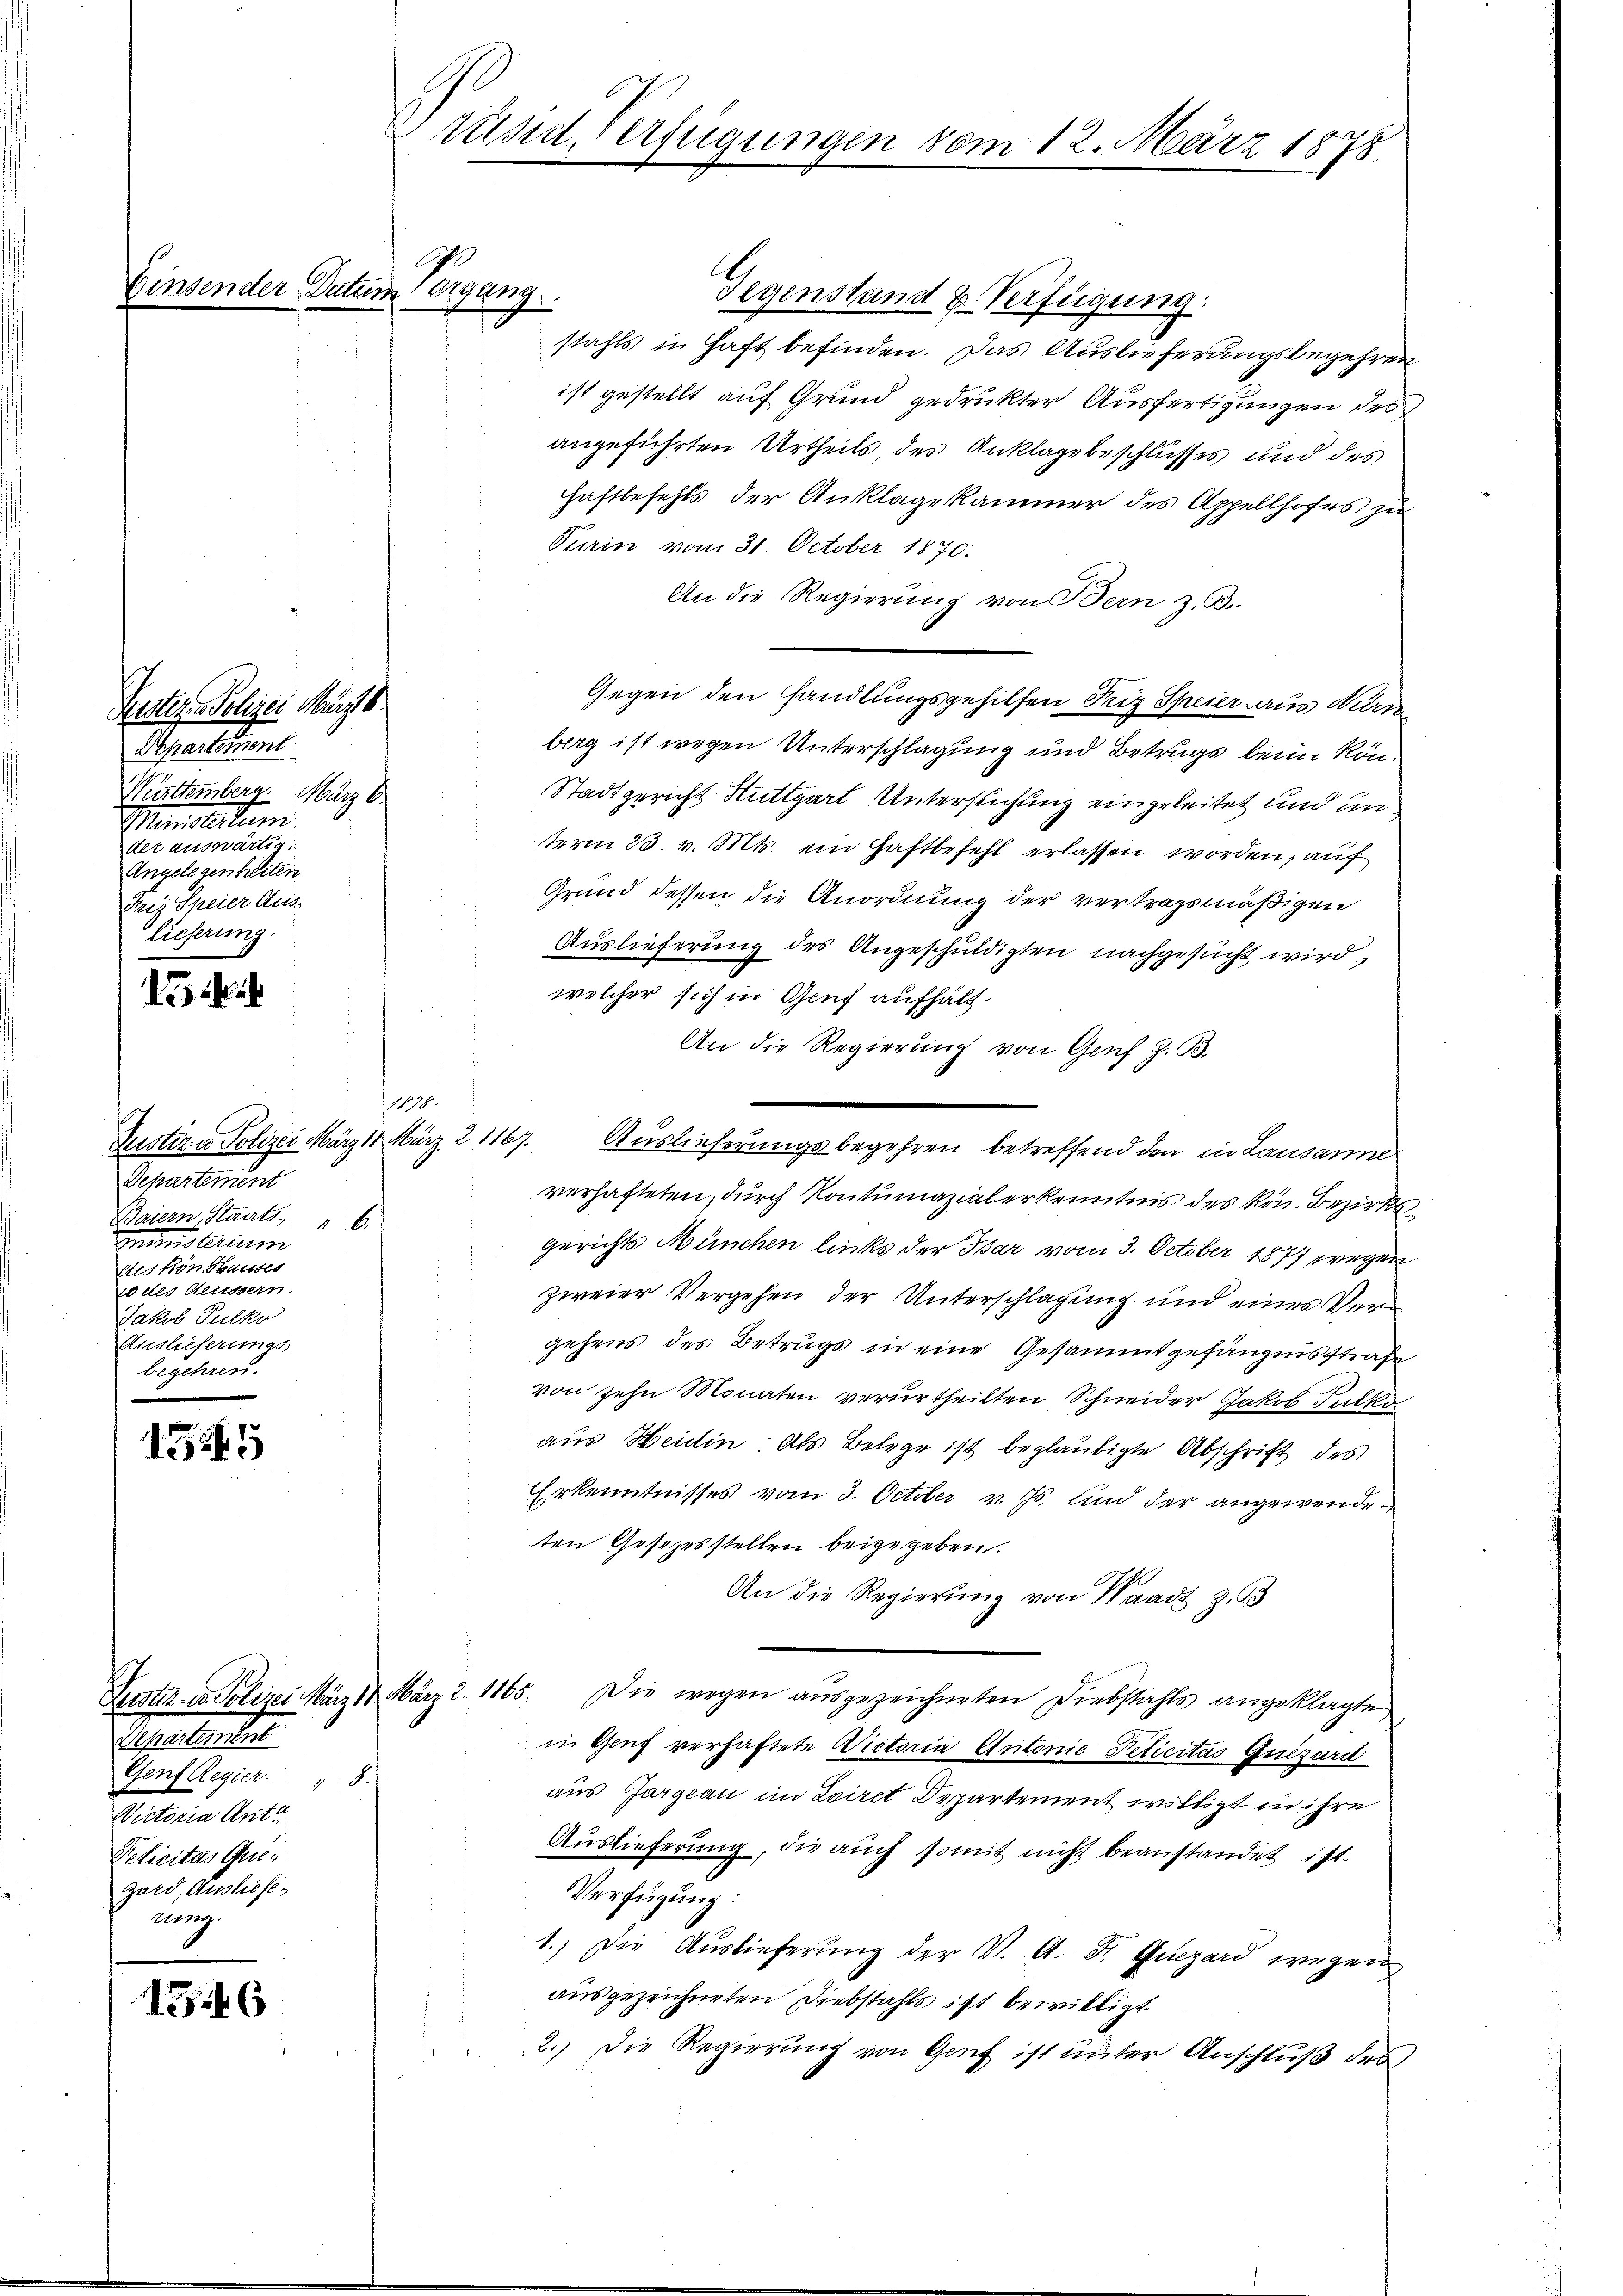
Einsende.

Justiz -Polizei März 8.
Departement
Württemberg. März 6.
Minstitum
det auswärtig.
Angelegenheiten
Frey Steier Aus-
lieferung.

i

145.
Justiz - Polizei März 18. März 21167.
Separtement
Baiern, Staats, " 6.
mministerium
dis von Hauser
w des Aeussern.
Jakob Tulke
Auslieferungs
begehren.

1525

Beleutenden
Genf Regier. 18.
Victoria Ant.
Peficitas Quigard, Ausliefe.
nung.

1346

Datum 1 Organg

Präsid Verfügungen vom 12. März 1875.

0

Gegenstand & Verfügung.
stahls in Haft befinden. Das Auslieferungsbegehren
ist gestellt auf Grund gedruckter Ausfertigungen des
angeführten Urtheils, des Anklage beschlusses und des
Haftbefehls der Anklagekammer des Appellhofes zu
Turin vom 31. October 1870.
An die Regierung von Bern z. B.
Gegen den Handlungsgehilfen Friz Speier aus Kurz
berg ist wegen Unterschlagung und Betrugs beim kön¬
Stadtgericht Muttgart Untersuchung eingeleitet und unterm 23. v. Mts. ein Haftbefehl erlassen worden, auf
Grund dessen die Anordnung der vertragsmäßigen
Auslieferung des Angeschuldigten nachgesucht wird,
welcher sich in Genf aufhält¬
An die Regierung von Genf z. B.
verhafteten, durch Kontumazialerkenntnis des Rön. Bezirksgerichts München links der Bar vom 3. October 1877 wegen
zweier Vergehen der Unterschlagung und eines Vergehens des Betrugs in eine Gesammtgefängnisstrafe
von zehn Monaten verurtheilten Schneider Jakob Fulk
aus Heiden. Als Belege ist beglaubigte Abschrift des
Erkenntnisses vom 3. October v. Js. und der angewendeten Gesezesstellen beigegeben.
An die Regierung von Waadt Z. 93
Justiz- u. Polizei März 18. März 2. 1165. Die wegen aŭsgezeichneten Diebstahls angeklagte
in Genf verhaftete Victoria Antonie Peticitas Quizard
aus Aargau im Loiret Departement willigt in ihre
Auslieferung, die auch somit nicht beanstandet ist.
Verfügung:
1.) Die Auslieferung der V. A. Fr. Quizard wegen
ausgezeichneten Diebstahls ist bewilligt
2.) Die Regierung von Genf ist unter Anschluß der

Auslieferungsbegehren betreffend den in Lausanne